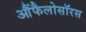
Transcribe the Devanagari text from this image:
आैंफैलोसॉरस